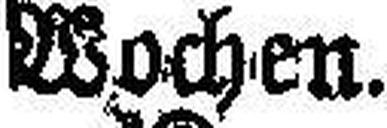
Wochen.